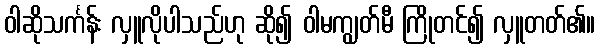
ဝါဆိုသင်္ကန်း လှူလိုပါသည်ဟု ဆို၍ ဝါမကျွတ်မီ ကြိုတင်၍ လှူတတ်၏။